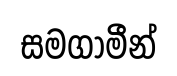
සමගාමීන්